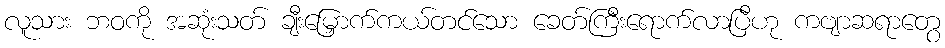
လူသား ဘဝကို အဆုံးသတ် ချီးမြှောက်ကယ်တင်သော ခေတ်ကြီးရောက်လာပြီဟု ကဗျာဆရာတွေ